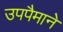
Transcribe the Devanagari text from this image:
उपपैमाने